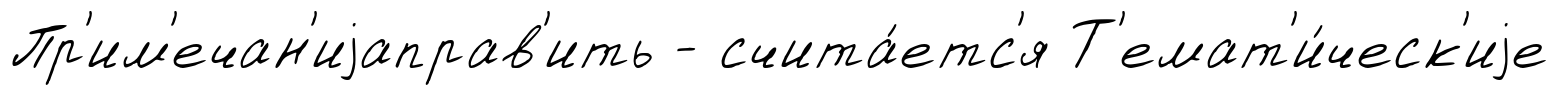
Пр'им'ечан'иjаправ'ить - счита́етс'я Т'емат'и́ческ'иjе